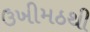
ઉખીમઠથી